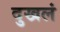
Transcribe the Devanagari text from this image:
दुखलं